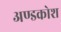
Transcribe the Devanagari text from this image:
अण्डकोश